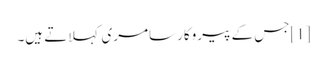
[1]جس کے پیروکار سامری کہلاتے ہیں۔